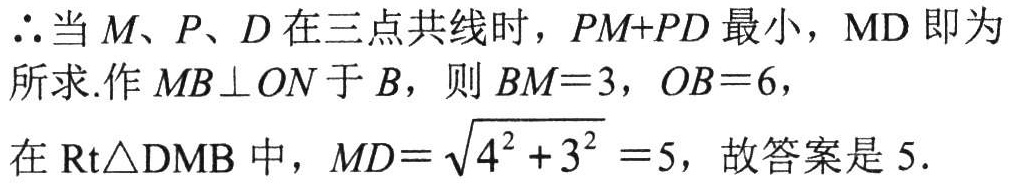
\(\therefore\)当 \(M、P、D\) 在三点共线时，\(PM + PD\) 最小，\(MD\) 即为
所求.作 \(MB\perp ON\) 于 \(B\)，则 \(BM = 3\)，\(OB = 6\)，
在 \(\text{Rt}\triangle\text{DMB}\) 中，\(MD=\sqrt{4^{2}+3^{2}} = 5\)，故答案是 \(5\).